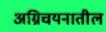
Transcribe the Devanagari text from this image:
अग्निचयनातील